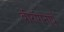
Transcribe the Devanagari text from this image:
वीरांगनाएँ